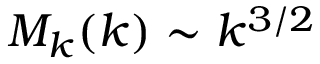
M _ { k } ( k ) \sim k ^ { 3 / 2 }